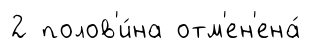
2 полов'и́на отм'ен'ена́